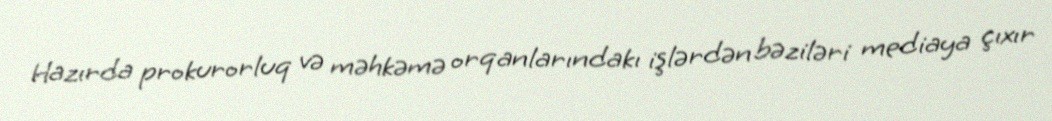
Hazırda prokurorluq və məhkəmə orqanlarındakı işlərdən bəziləri mediaya çıxır